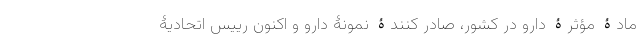
مادۀ مؤثرۀ دارو در کشور، صادر کنندۀ نمونۀ دارو و اکنون رییس اتحادیۀ